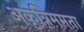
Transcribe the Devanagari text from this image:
अकृत्रिममता